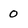
Character: 0